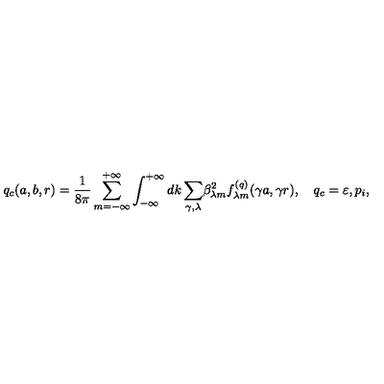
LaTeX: q _ { c } ( a , b , r ) = \frac { 1 } { 8 \pi } \sum _ { m = - \infty } ^ { + \infty } \int _ { - \infty } ^ { + \infty } { d k \sum _ { \gamma , \lambda } } \beta _ { \lambda m } ^ { 2 } f _ { \lambda m } ^ { ( q ) } ( \gamma a , \gamma r ) , \quad q _ { c } = \varepsilon , p _ { i } ,